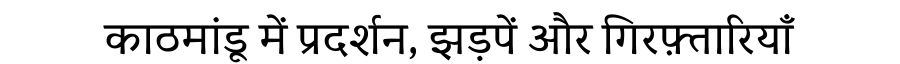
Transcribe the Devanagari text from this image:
काठमांडू में प्रदर्शन, झड़पें और गिरफ़्तारियाँ